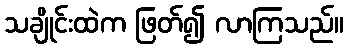
သချိုင်းထဲက ဖြတ်၍ လာကြသည်။